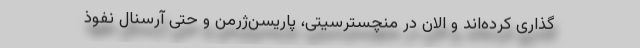
‌گذاری کرده‌اند و الان در منچسترسیتی، پاریسن‌ژرمن و حتی آرسنال نفوذ